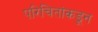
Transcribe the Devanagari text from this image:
परिचितांकडून